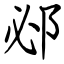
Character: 邲